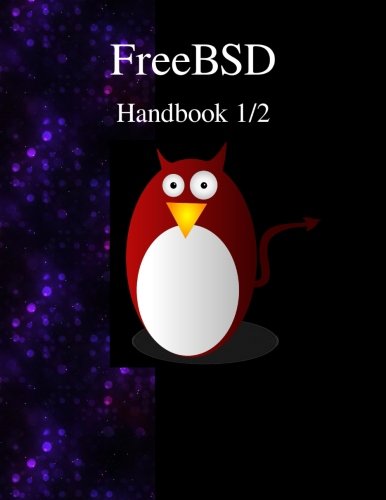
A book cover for FreeBSD Handbook 1/2; FreeBSD Documentation Project; Computers & Technology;